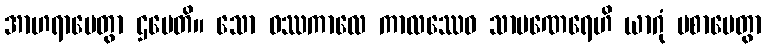
အာဟရာပေတွာ ဌပေတိ။ သော ဝဿကာလေ ကာလဿေဝ သာမဏေရေဟိ ယာဂုံ ပစာပေတွာ